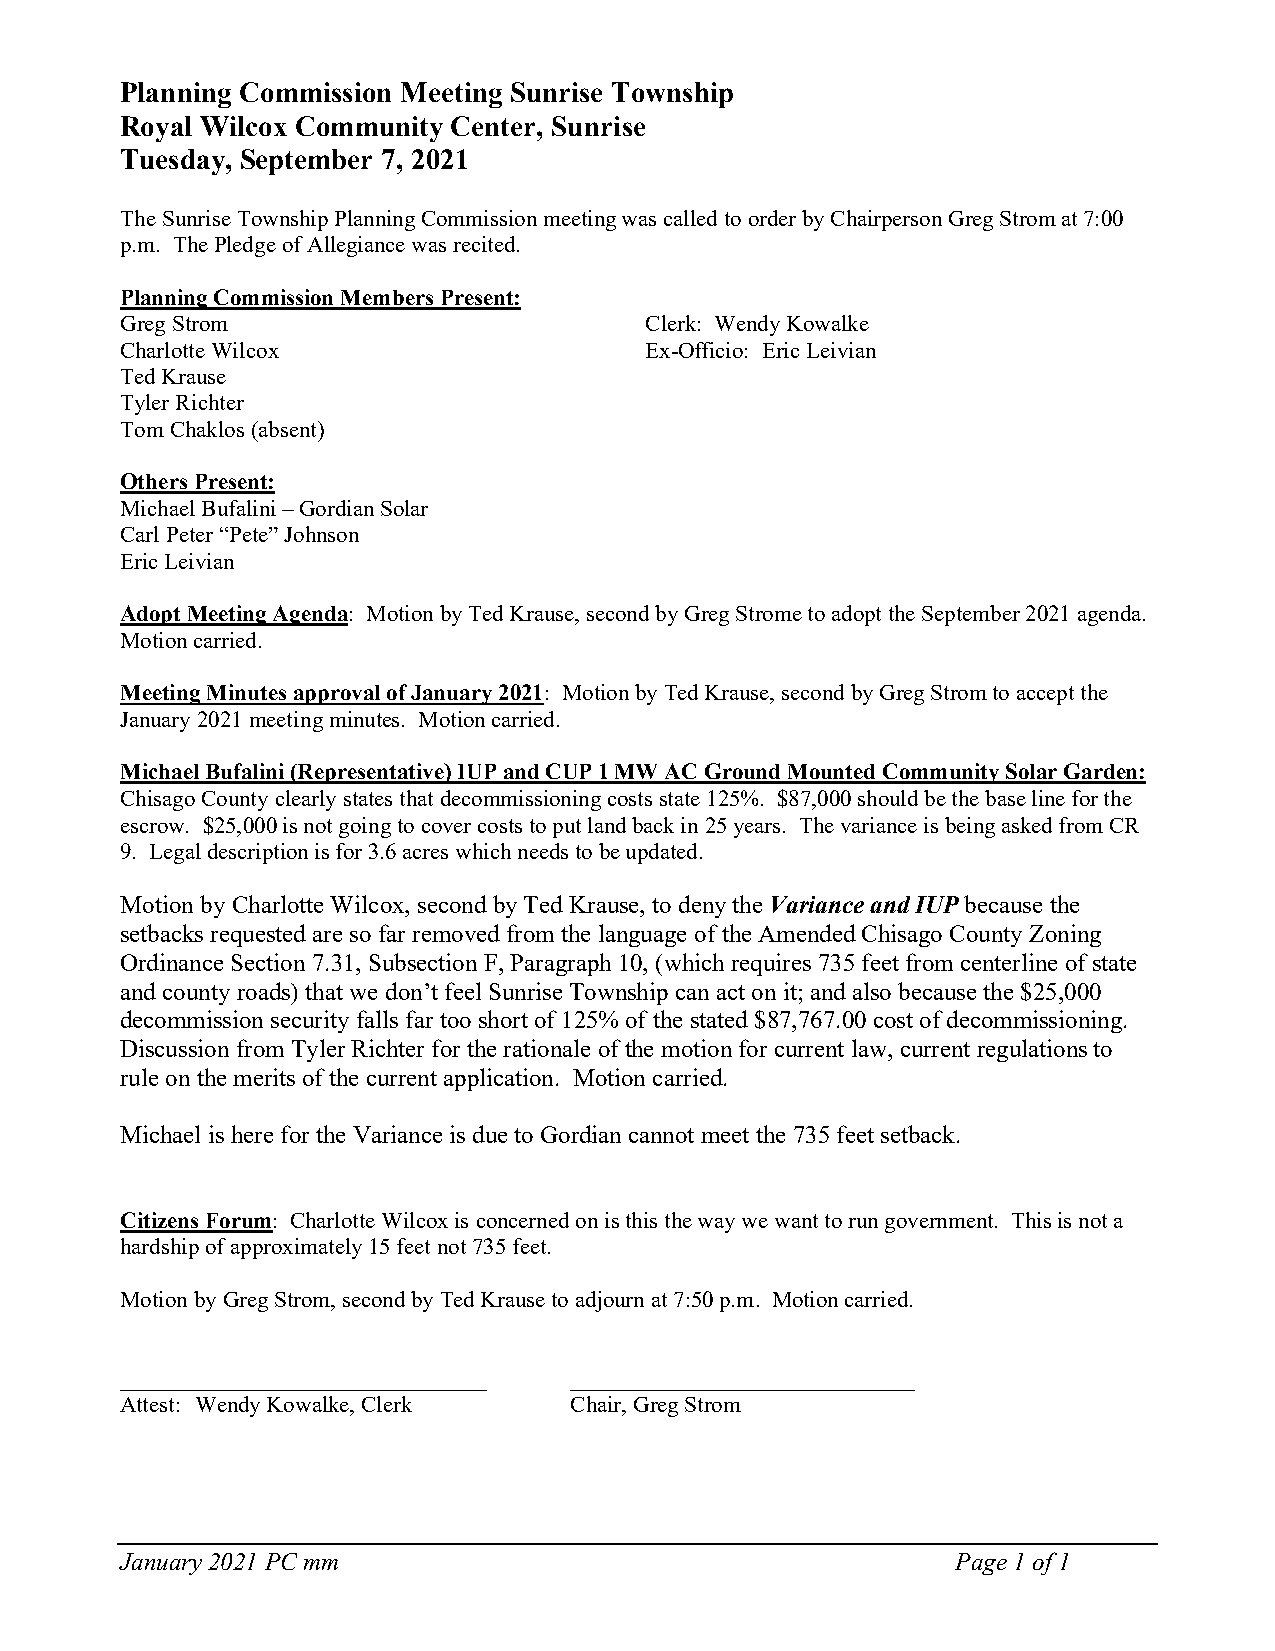
Planning Commission Meeting Sunrise Township
 Royal Wilcox Community Center, Sunrise
 Tuesday, September 7, 2021
 The Sunrise Township Planning Commission meeting was called to order by Chairperson Greg Strom at 7:00
 p.m. The Pledge of Allegiance was recited.
 Planning Commission Members Present:
 Greg Strom                         Clerk: Wendy Kowalke
 Charlotte Wilcox                   Ex-Officio: Eric Leivian
 Ted Krause
 Tyler Richter
 Tom Chaklos (absent)
 Others Present:
 Michael Bufalini – Gordian Solar
 Carl Peter “Pete” Johnson
 Eric Leivian
 Adopt Meeting Agenda: Motion by Ted Krause, second by Greg Strome to adopt the September 2021 agenda.
 Motion carried.
 Meeting Minutes approval of January 2021: Motion by Ted Krause, second by Greg Strom to accept the
 January 2021 meeting minutes. Motion carried.
 Michael Bufalini (Representative) IUP and CUP 1 MW AC Ground Mounted Community Solar Garden:
 Chisago County clearly states that decommissioning costs state 125%. $87,000 should be the base line for the
 escrow. $25,000 is not going to cover costs to put land back in 25 years. The variance is being asked from CR
 9. Legal description is for 3.6 acres which needs to be updated.
 Motion by Charlotte Wilcox, second by Ted Krause, to deny the Variance and IUP because the
 setbacks requested are so far removed from the language of the Amended Chisago County Zoning
 Ordinance Section 7.31, Subsection F, Paragraph 10, (which requires 735 feet from centerline of state
 and county roads) that we don’t feel Sunrise Township can act on it; and also because the $25,000
 decommission security falls far too short of 125% of the stated $87,767.00 cost of decommissioning.
 Discussion from Tyler Richter for the rationale of the motion for current law, current regulations to
 rule on the merits of the current application. Motion carried.
 Michael is here for the Variance is due to Gordian cannot meet the 735 feet setback.
 Citizens Forum: Charlotte Wilcox is concerned on is this the way we want to run government. This is not a
 hardship of approximately 15 feet not 735 feet.
 Motion by Greg Strom, second by Ted Krause to adjourn at 7:50 p.m. Motion carried.
 ________________________________ ______________________________
 Attest: Wendy Kowalke, Clerk  Chair, Greg Strom
 January 2021 PC mm                                     Page 1 of 1